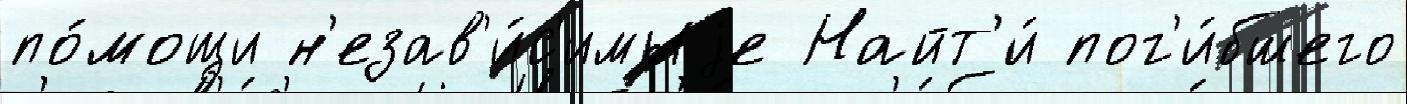
по́мощи н'езав'и́с'имыjе Найт'и́ пог'и́бшего